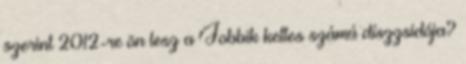
szerint 2012-re ön lesz a Jobbik kettes számú díszzsidója?